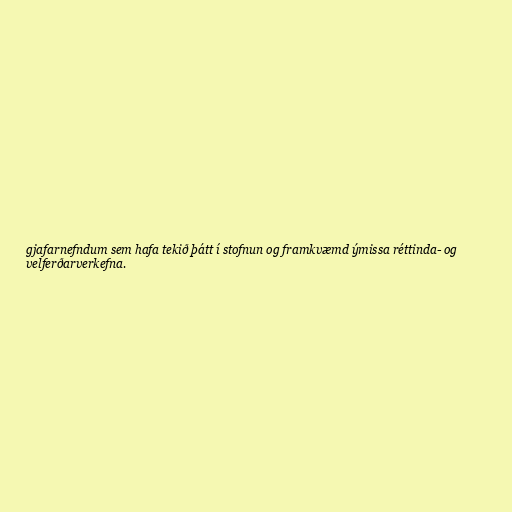
gjafarnefndum sem hafa tekið þátt í stofnun og framkvæmd ýmissa réttinda- og
velferðarverkefna.